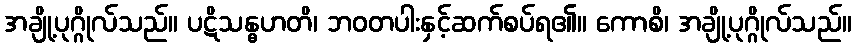
အချို့ပုဂ္ဂိုလ်သည်။ ပဋိသန္ဓဟတိ၊ ဘဝတပါးနှင့်ဆက်စပ်ရ၏။ ကောစိ၊ အချို့ပုဂ္ဂိုလ်သည်။